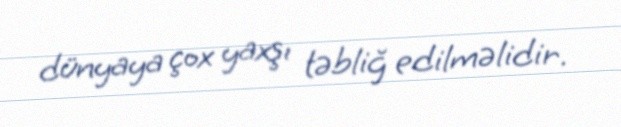
dünyaya çox yaxşı təbliğ edilməlidir.